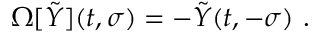
\Omega [ \tilde { Y } ] ( t , \sigma ) = - \tilde { Y } ( t , - \sigma ) \ .